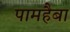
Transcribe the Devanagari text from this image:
पामहैबा